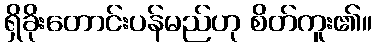
ရှိခိုးတောင်းပန်မည်ဟု စိတ်ကူး၏။